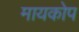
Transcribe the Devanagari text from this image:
मायकोप